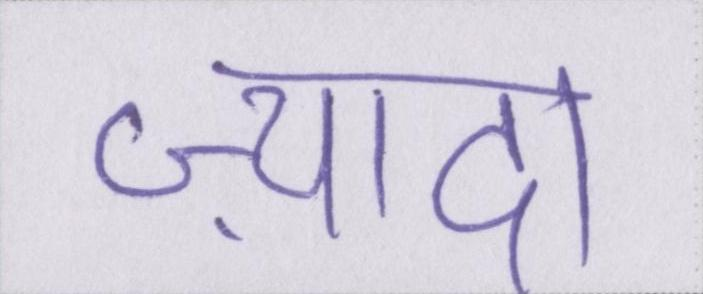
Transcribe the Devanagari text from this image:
ज़्यादा